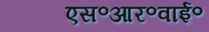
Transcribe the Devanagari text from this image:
एस॰आर॰वाई॰